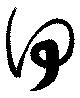
何